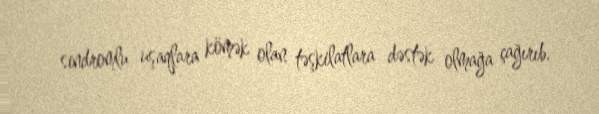
sindromlu uşaqlara kömək olan təşkilatlara dəstək olmağa çağırıb.